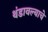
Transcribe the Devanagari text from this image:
थंडावल्याचे